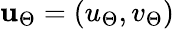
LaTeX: \mathbf{u}_{\Theta}=(u_{\Theta},v_{\Theta})